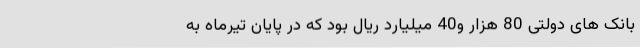
بانک های دولتی 80 هزار و40 میلیارد ریال بود که در پایان تیرماه به